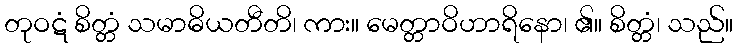
တုဝဋံ စိတ္တံ သမာဓိယတီတိ၊ ကား။ မေတ္တာဝိဟာရိနော၊ ၏။ စိတ္တံ၊ သည်။